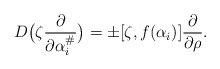
\begin{align*} D\big(\zeta \frac{\partial}{\partial \alpha_i^\#}\big) = \pm [\zeta,f(\alpha_i)] \frac{\partial}{\partial \rho}.\end{align*}